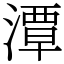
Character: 潭